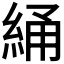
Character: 𬗝